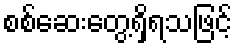
စစ်ဆေးတွေ့ရှိရသဖြင့်